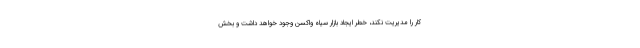
کار را مدیریت نکند، خطر ایجاد بازار سیاه واکسن وجود خواهد داشت و بخش